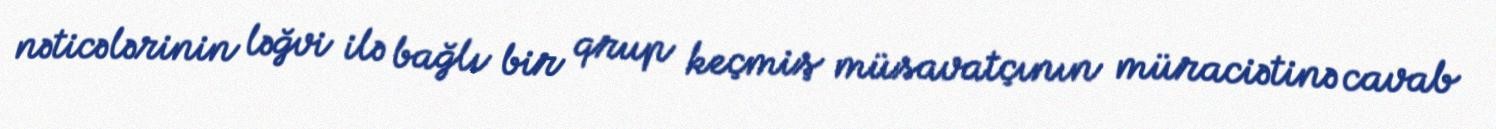
nəticələrinin ləğvi ilə bağlı bir qrup keçmiş müsavatçının müraciətinə cavab